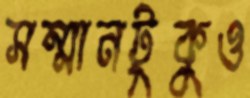
সম্মানটুকুও